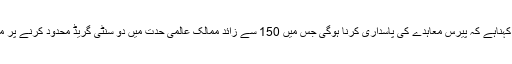
سائنسدانوں کا کہناہے کہ پیرس معاہدے کی پاسداری کرنا ہوگی جس میں 150 سے زائد ممالک عالمی حدت میں دو سنٹی گریڈ محدود کرنے پر متفق ہوئے ہیں۔